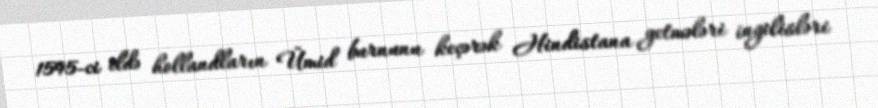
1595-ci ildə hollandların Ümid burnunu keçərək Hindistana getmələri ingilisləri